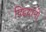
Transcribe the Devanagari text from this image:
पिढय़ांनी